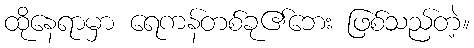
ထိုနေရာမှာ ရေကန်တစ်ခု၏ဘေး ဖြစ်သည်တဲ့။